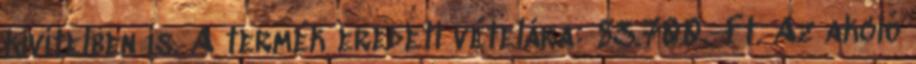
kivitelben is. A termék eredeti vételára: 83.700.-Ft. Az akció